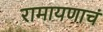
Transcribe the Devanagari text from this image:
रामायणाचं